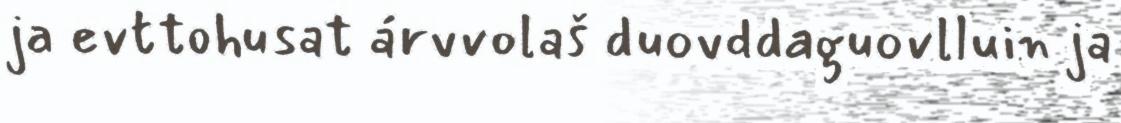
ja evttohusat árvvolaš duovddaguovlluin ja